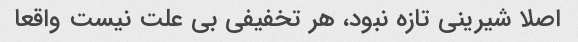
اصلا شیرینی تازه نبود، هر تخفیفی بی علت نیست واقعا